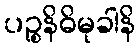
ပဉ္စနိဓိမုခါနိ